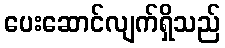
ပေးဆောင်လျက်ရှိသည်